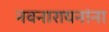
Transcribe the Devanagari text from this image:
नवनारायनांना